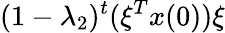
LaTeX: (1-\lambda_{2})^{t}(\xi^{T}x(0))\xi